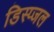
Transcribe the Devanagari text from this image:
डिस्प्जल